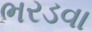
ભરડવા